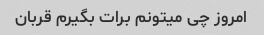
امروز چی میتونم برات بگیرم قربان